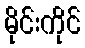
မိုင်းကိုင်